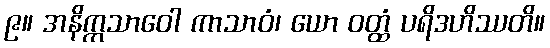
၉။ အနိက္ကသာဝေါ ကာသာဝံ၊ ယော ဝတ္ထံ ပရိဒဟိဿတိ။